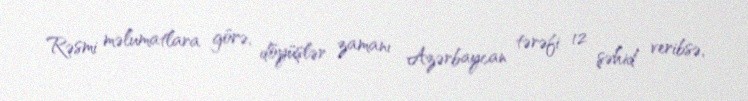
Rəsmi məlumatlara görə, döyüşlər zamanı Azərbaycan tərəfi 12 şəhid veribsə,